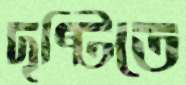
দৃষ্টিতে